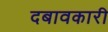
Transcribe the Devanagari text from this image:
दबावकारी